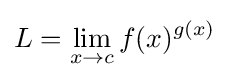
L=\lim _{x\to c}f(x)^{g(x)}